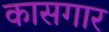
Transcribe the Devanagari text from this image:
कासगार